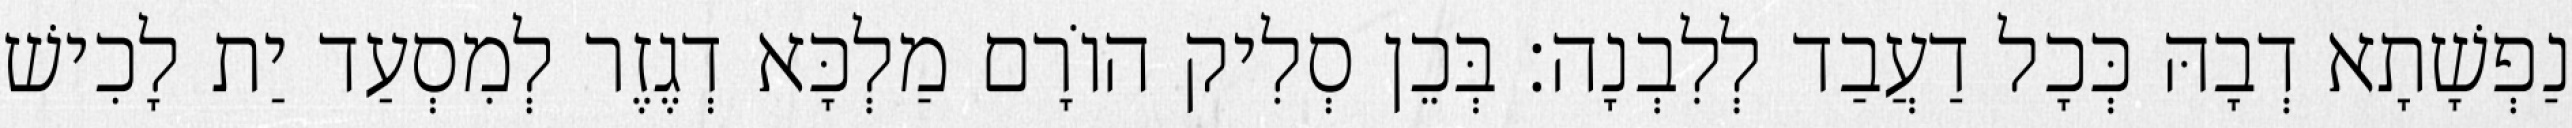
נַפְשָׁתָא דְבָהּ כְּכָל דַעֲבַד לְלִבְנָה׃ בְּכֵן סְלִיק הוֹרָם מַלְכָּא דְגֶזֶר לְמִסְעַד יַת לָכִישׁ